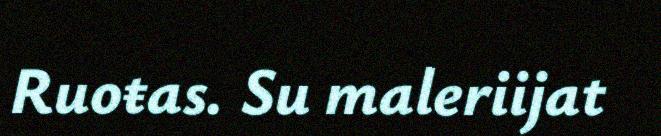
Ruoŧas. Su maleriijat